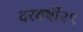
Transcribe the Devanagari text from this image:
दरवर्षी२९